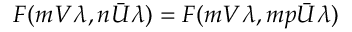
F ( m V \lambda , n \bar { U } \lambda ) = F ( m V \lambda , m p \bar { U } \lambda )